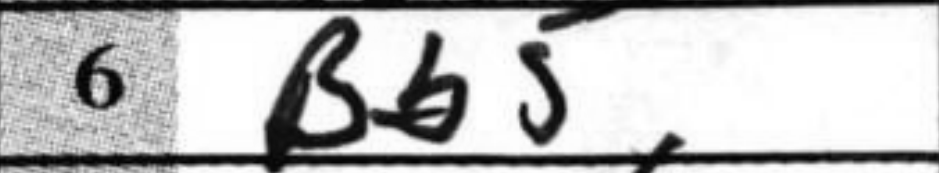
Transcription: Bb5